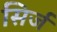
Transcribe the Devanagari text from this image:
सिर्ज